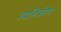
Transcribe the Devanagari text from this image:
वयनिर्धारण